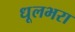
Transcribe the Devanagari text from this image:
धूलभरा